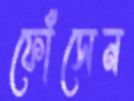
ফোঁসেন